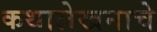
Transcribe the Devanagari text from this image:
कथालेखनाचे